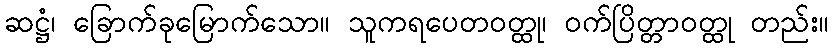
ဆဋ္ဌံ၊ ခြောက်ခုမြောက်သော။ သူကရပေတဝတ္ထု၊ ဝက်ပြိတ္တာဝတ္ထု တည်း။